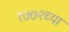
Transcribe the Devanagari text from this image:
१७७२च्या